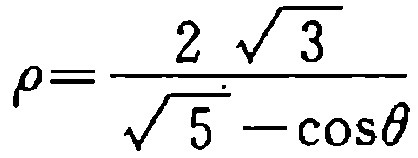
\(\rho=\frac{2\sqrt{3}}{\sqrt{5}-\cos\theta}\)